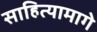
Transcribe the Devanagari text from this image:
साहित्यामागे